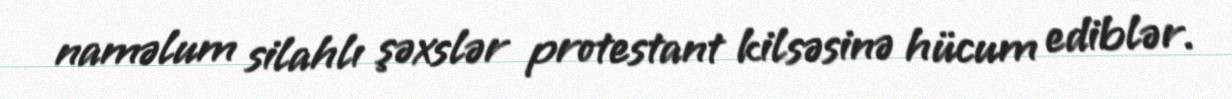
naməlum silahlı şəxslər protestant kilsəsinə hücum ediblər.